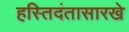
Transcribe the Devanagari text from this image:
हस्तिदंतासारखे